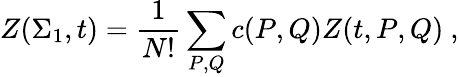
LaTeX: Z(\Sigma_{1},t)={\frac{1}{N!}}\sum_{P,Q}c(P,Q)Z(t,P,Q)~,